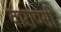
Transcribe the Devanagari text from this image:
वाराण्सी